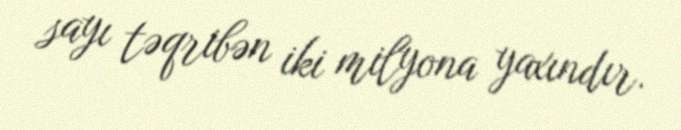
sayı təqribən iki milyona yaxındır.